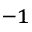
^ { - 1 }